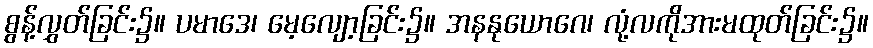
စွန့်လွှတ်ခြင်း၌။ ပမာဒေ၊ မေ့လျော့ခြင်း၌။ အနနုယောဂေ၊ လုံ့လကိုအားမထုတ်ခြင်း၌။